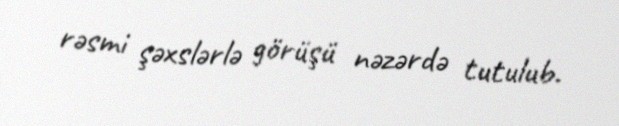
rəsmi şəxslərlə görüşü nəzərdə tutulub.